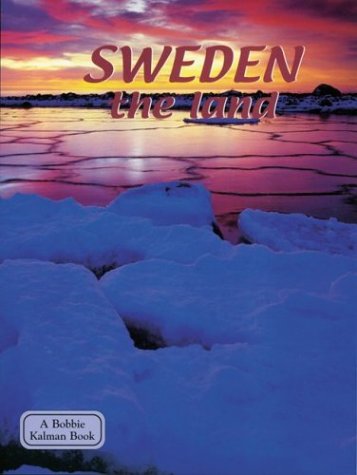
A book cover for Sweden: The Land (Lands, Peoples, and Cultures); April Fast; Travel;